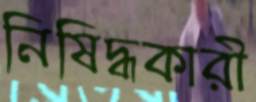
নিষিদ্ধকারী